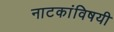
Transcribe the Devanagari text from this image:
नाटकांविषयी